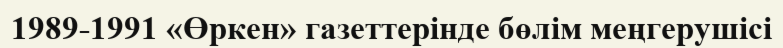
1989-1991 «Өркен» газеттерінде бөлім меңгерушісі